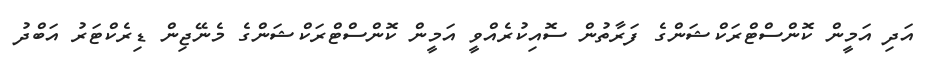
އަދި އަމީން ކޮންސްޓްރަކްޝަންގެ ފަރާތުން ސޮއިކުރެއްވީ އަމީން ކޮންސްޓްރަކްޝަންގެ މެނޭޖިން ޑިރެކްޓަރު އަބްދު